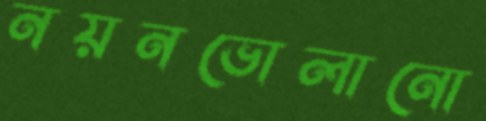
নয়নভোলানো